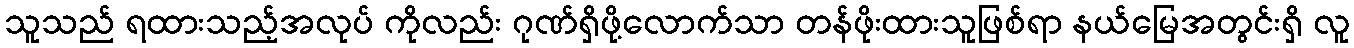
သူသည် ရထားသည့်အလုပ် ကိုလည်း ဂုဏ်ရှိဖို့လောက်သာ တန်ဖိုးထားသူဖြစ်ရာ နယ်မြေအတွင်းရှိ လူ